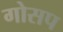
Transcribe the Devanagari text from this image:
गोसप